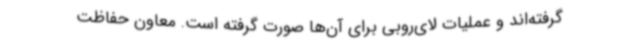
گرفته‌اند و عملیات لای‌روبی برای آن‌ها صورت گرفته است. معاون حفاظت